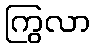
ကြွလာ